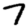
Digit: 7